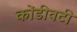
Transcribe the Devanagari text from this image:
कोंडीवटी